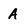
Character: A